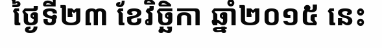
ថ្ងៃទី២៣ ខែវិច្ឆិកា ឆ្នាំ២០១៥ នេះ